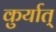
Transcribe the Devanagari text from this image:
कुर्यात्‌